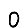
Digit: 0